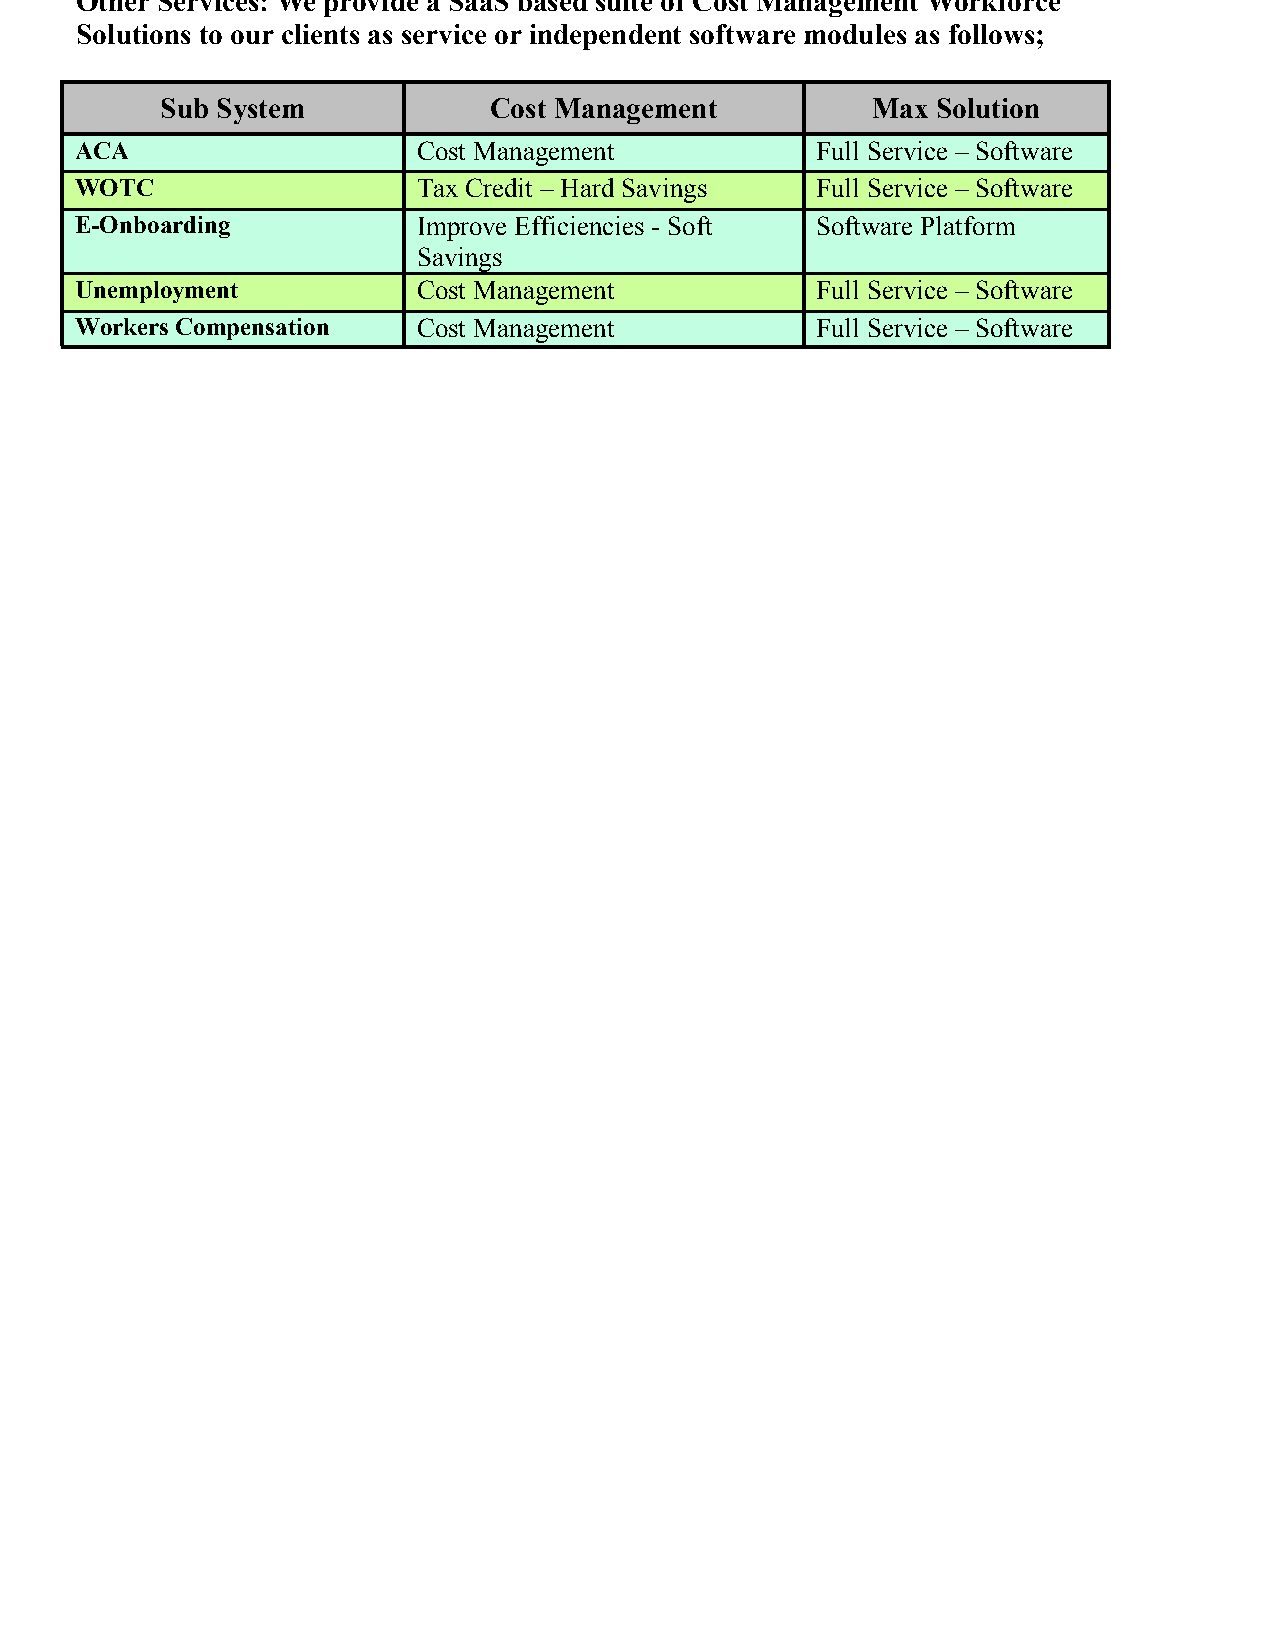
Other Services: We provide a SaaS based suite of Cost Management Workforce
 Solutions to our clients as service or independent software modules as follows;
 Sub System           Cost Management           Max Solution
 ACA                    Cost Management           Full Service – Software
 WOTC                   Tax Credit – Hard Savings Full Service – Software
 E-Onboarding           Improve Efficiencies - Soft Software Platform
 Savings
 Unemployment           Cost Management           Full Service – Software
 Workers Compensation   Cost Management           Full Service – Software